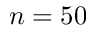
n = 5 0